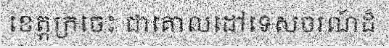
ខេត្តក្រចេះ ជាគោលដៅទេសចរណ៍ដ៏